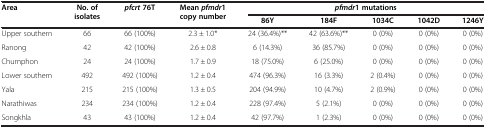
| <ROWSPAN=2> Area | <ROWSPAN=2> No. of isolates | <ROWSPAN=2> pfcrt 76T | <ROWSPAN=2> Mean pfmdr1 copy number | <COLSPAN=5> pfmdr1 mutations |
 | 86Y | 184F | 1034C | 1042D | 1246Y |
 | --- | --- | --- | --- | --- | --- | --- | --- | --- |
 | Upper southern | 66 | 66 (100%) | 2.3 ± 1.0* | 24 (36.4%)** | 42 (63.6%)** | 0 (0%) | 0 (0%) | 0 (0%) |
 | Ranong | 42 | 42 (100%) | 2.6 ± 0.8 | 6 (14.3%) | 36 (85.7%) | 0 (0%) | 0 (0%) | 0 (0%) |
 | Chumphon | 24 | 24 (100%) | 1.7 ± 0.9 | 18 (75.0%) | 6 (25.0%) | 0 (0%) | 0 (0%) | 0 (0%) |
 | Lower southern | 492 | 492 (100%) | 1.2 ± 0.4 | 474 (96.3%) | 16 (3.3%) | 2 (0.4%) | 0 (0%) | 0 (0%) |
 | Yala | 215 | 215 (100%) | 1.3 ± 0.5 | 204 (94.9%) | 10 (4.7%) | 2 (0.9%) | 0 (0%) | 0 (0%) |
 | Narathiwas | 234 | 234 (100%) | 1.2 ± 0.4 | 228 (97.4%) | 5 (2.1%) | 0 (0%) | 0 (0%) | 0 (0%) |
 | Songkhla | 43 | 43 (100%) | 1.2 ± 0.4 | 42 (97.7%) | 1 (2.3%) | 0 (0%) | 0 (0%) | 0 (0%) |